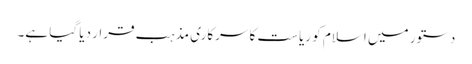
دستور میں اسلام کو ریاست کا سرکاری مذہب قرار دیا گیا ہے۔